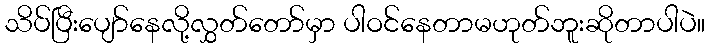
သိပ်ပြီးပျော်နေလို့လွှတ်တော်မှာ ပါဝင်နေတာမဟုတ်ဘူးဆိုတာပါပဲ။